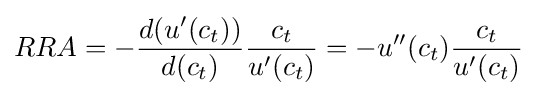
RRA=-{\frac {d(u'(c_{t}))}{d(c_{t})}}{\frac {c_{t}}{u'(c_{t})}}=-u''(c_{t}){\frac {c_{t}}{u'(c_{t})}}